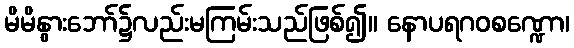
မိမိနွားဘော်၌လည်းမကြမ်းသည်ဖြစ်၍။ နောပရဂဝစဏ္ဍော၊